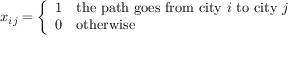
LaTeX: x _ { i j } = { \left\{ \begin{array} { l l } { 1 } & { { \mathrm { t h e ~ p a t h ~ g o e s ~ f r o m ~ c i t y ~ } } i { \mathrm { ~ t o ~ c i t y ~ } } j } \\ { 0 } & { { \mathrm { o t h e r w i s e } } } \end{array} \right. }